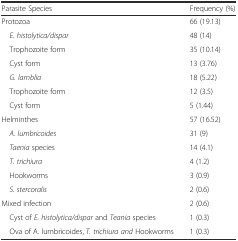
<table><thead><tr><td><b>Parasite Species</b></td><td><b>Frequency (%)</b></td></tr></thead><tbody><tr><td>Protozoa</td><td>66 (19.13)</td></tr><tr><td> <i>E. histolytica/dispar</i></td><td>48 (14)</td></tr><tr><td> Trophozoite form</td><td>35 (10.14)</td></tr><tr><td> Cyst form</td><td>13 (3.76)</td></tr><tr><td> <i>G. lamblia</i></td><td>18 (5.22)</td></tr><tr><td> Trophozoite form</td><td>12 (3.5)</td></tr><tr><td> Cyst form</td><td>5 (1.44)</td></tr><tr><td>Helminthes</td><td>57 (16.52)</td></tr><tr><td> <i>A. lumbricoides</i></td><td>31 (9)</td></tr><tr><td> <i>Taenia</i> species</td><td>14 (4.1)</td></tr><tr><td> <i>T. trichiura</i></td><td>4 (1.2)</td></tr><tr><td> Hookworms</td><td>3 (0.9)</td></tr><tr><td> <i>S. stercoralis</i></td><td>2 (0.6)</td></tr><tr><td>Mixed infection</td><td>2 (0.6)</td></tr><tr><td> Cyst of <i>E. histolytica/dispar</i> and <i>Teania</i> species</td><td>1 (0.3)</td></tr><tr><td> Ova of A. lumbricoides, <i>T. trichiura and</i> Hookworms</td><td>1 (0.3)</td></tr></tbody></table>